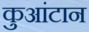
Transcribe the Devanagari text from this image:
कुआंटान